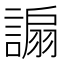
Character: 謆